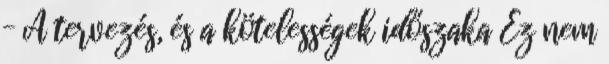
– A tervezés, és a kötelességek időszaka Ez nem